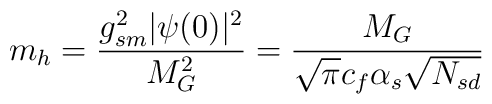
m_h = \frac{g_{sm}^2 |\psi(0)|^2}{M_G^2} =\frac{M_G}{\sqrt{\pi} c_f \alpha_s \sqrt{N_{sd}}}